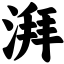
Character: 湃